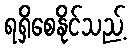
ရရှိစေနိုင်သည့်